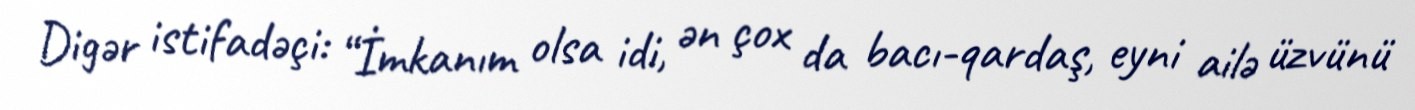
Digər istifadəçi: “İmkanım olsa idi, ən çox da bacı-qardaş, eyni ailə üzvünü